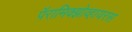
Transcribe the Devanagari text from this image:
पॅरामिक्झोव्हायरस